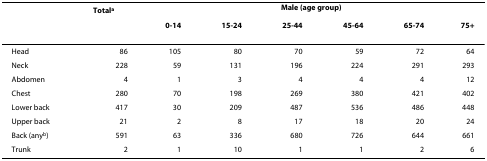
|  | Totala | <COLSPAN=6> Male (age group) |
 |  |  | 0-14 | 15-24 | 25-44 | 45-64 | 65-74 | 75+ |
 | --- | --- | --- | --- | --- | --- | --- | --- |
 | Head | 86 | 105 | 80 | 70 | 59 | 72 | 64 |
 | Neck | 228 | 59 | 131 | 196 | 224 | 291 | 293 |
 | Abdomen | 4 | 1 | 3 | 4 | 4 | 4 | 12 |
 | Chest | 280 | 70 | 198 | 269 | 380 | 421 | 402 |
 | Lower back | 417 | 30 | 209 | 487 | 536 | 486 | 448 |
 | Upper back | 21 | 2 | 8 | 17 | 18 | 20 | 24 |
 | Back (anyb) | 591 | 63 | 336 | 680 | 726 | 644 | 661 |
 | Trunk | 2 | 1 | 10 | 1 | 1 | 2 | 6 |